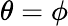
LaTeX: \theta=\phi